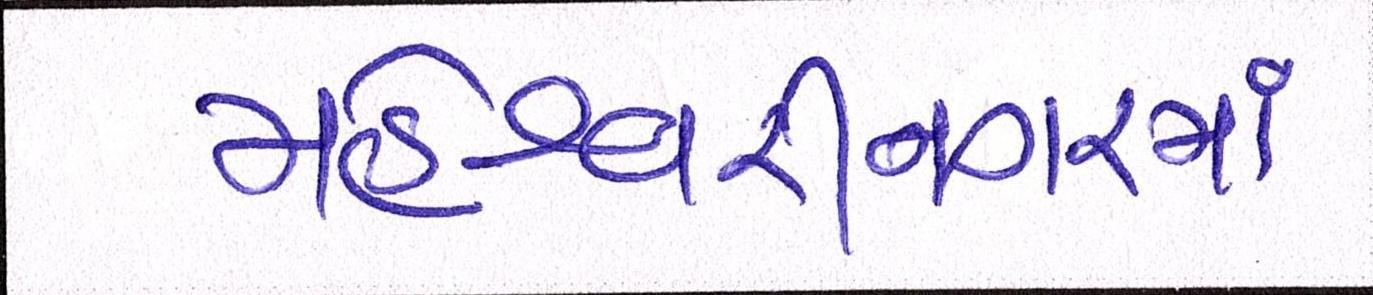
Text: મહેશ્વરીનગરમાં